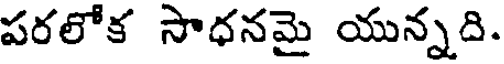
పరలోక సాధనమై యున్నది.